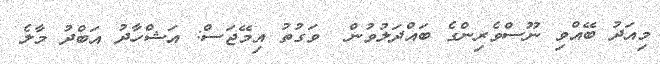
މިއަދު ބޭއްވި ނޫސްވެރިންގެ ބައްދަލުވުން  ވަގުތު އިމޭޖަސް: އަޝްހާދު އަބްދު މާލެ